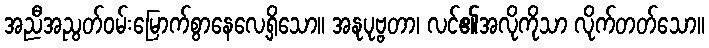
အညီအညွတ်ဝမ်းမြောက်စွာနေလေ့ရှိသော။ အနုပုဗ္ဗတာ၊ လင်၏အလိုကိုသာ လိုက်တတ်သော။